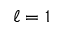
\ell = 1